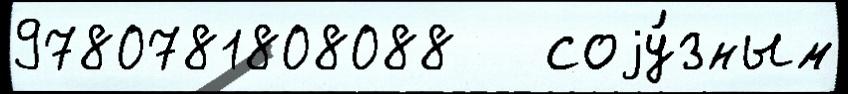
9780781808088   соjу́зным